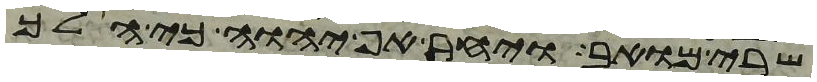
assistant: שרי מואב ויחר אף יהוה כי הלך